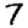
Digit: 7